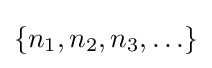
\{n_{1},n_{2},n_{3},\ldots \}